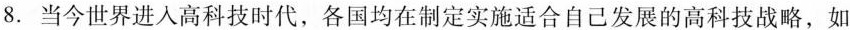
8.当今世界进入高科技时代，各国均在制定实施适合自己发展的高科技战略，如